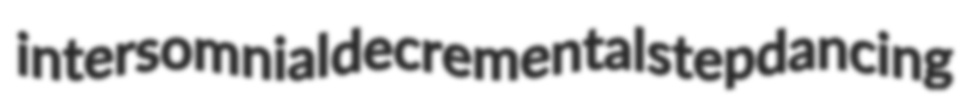
intersomnial decremental stepdancing